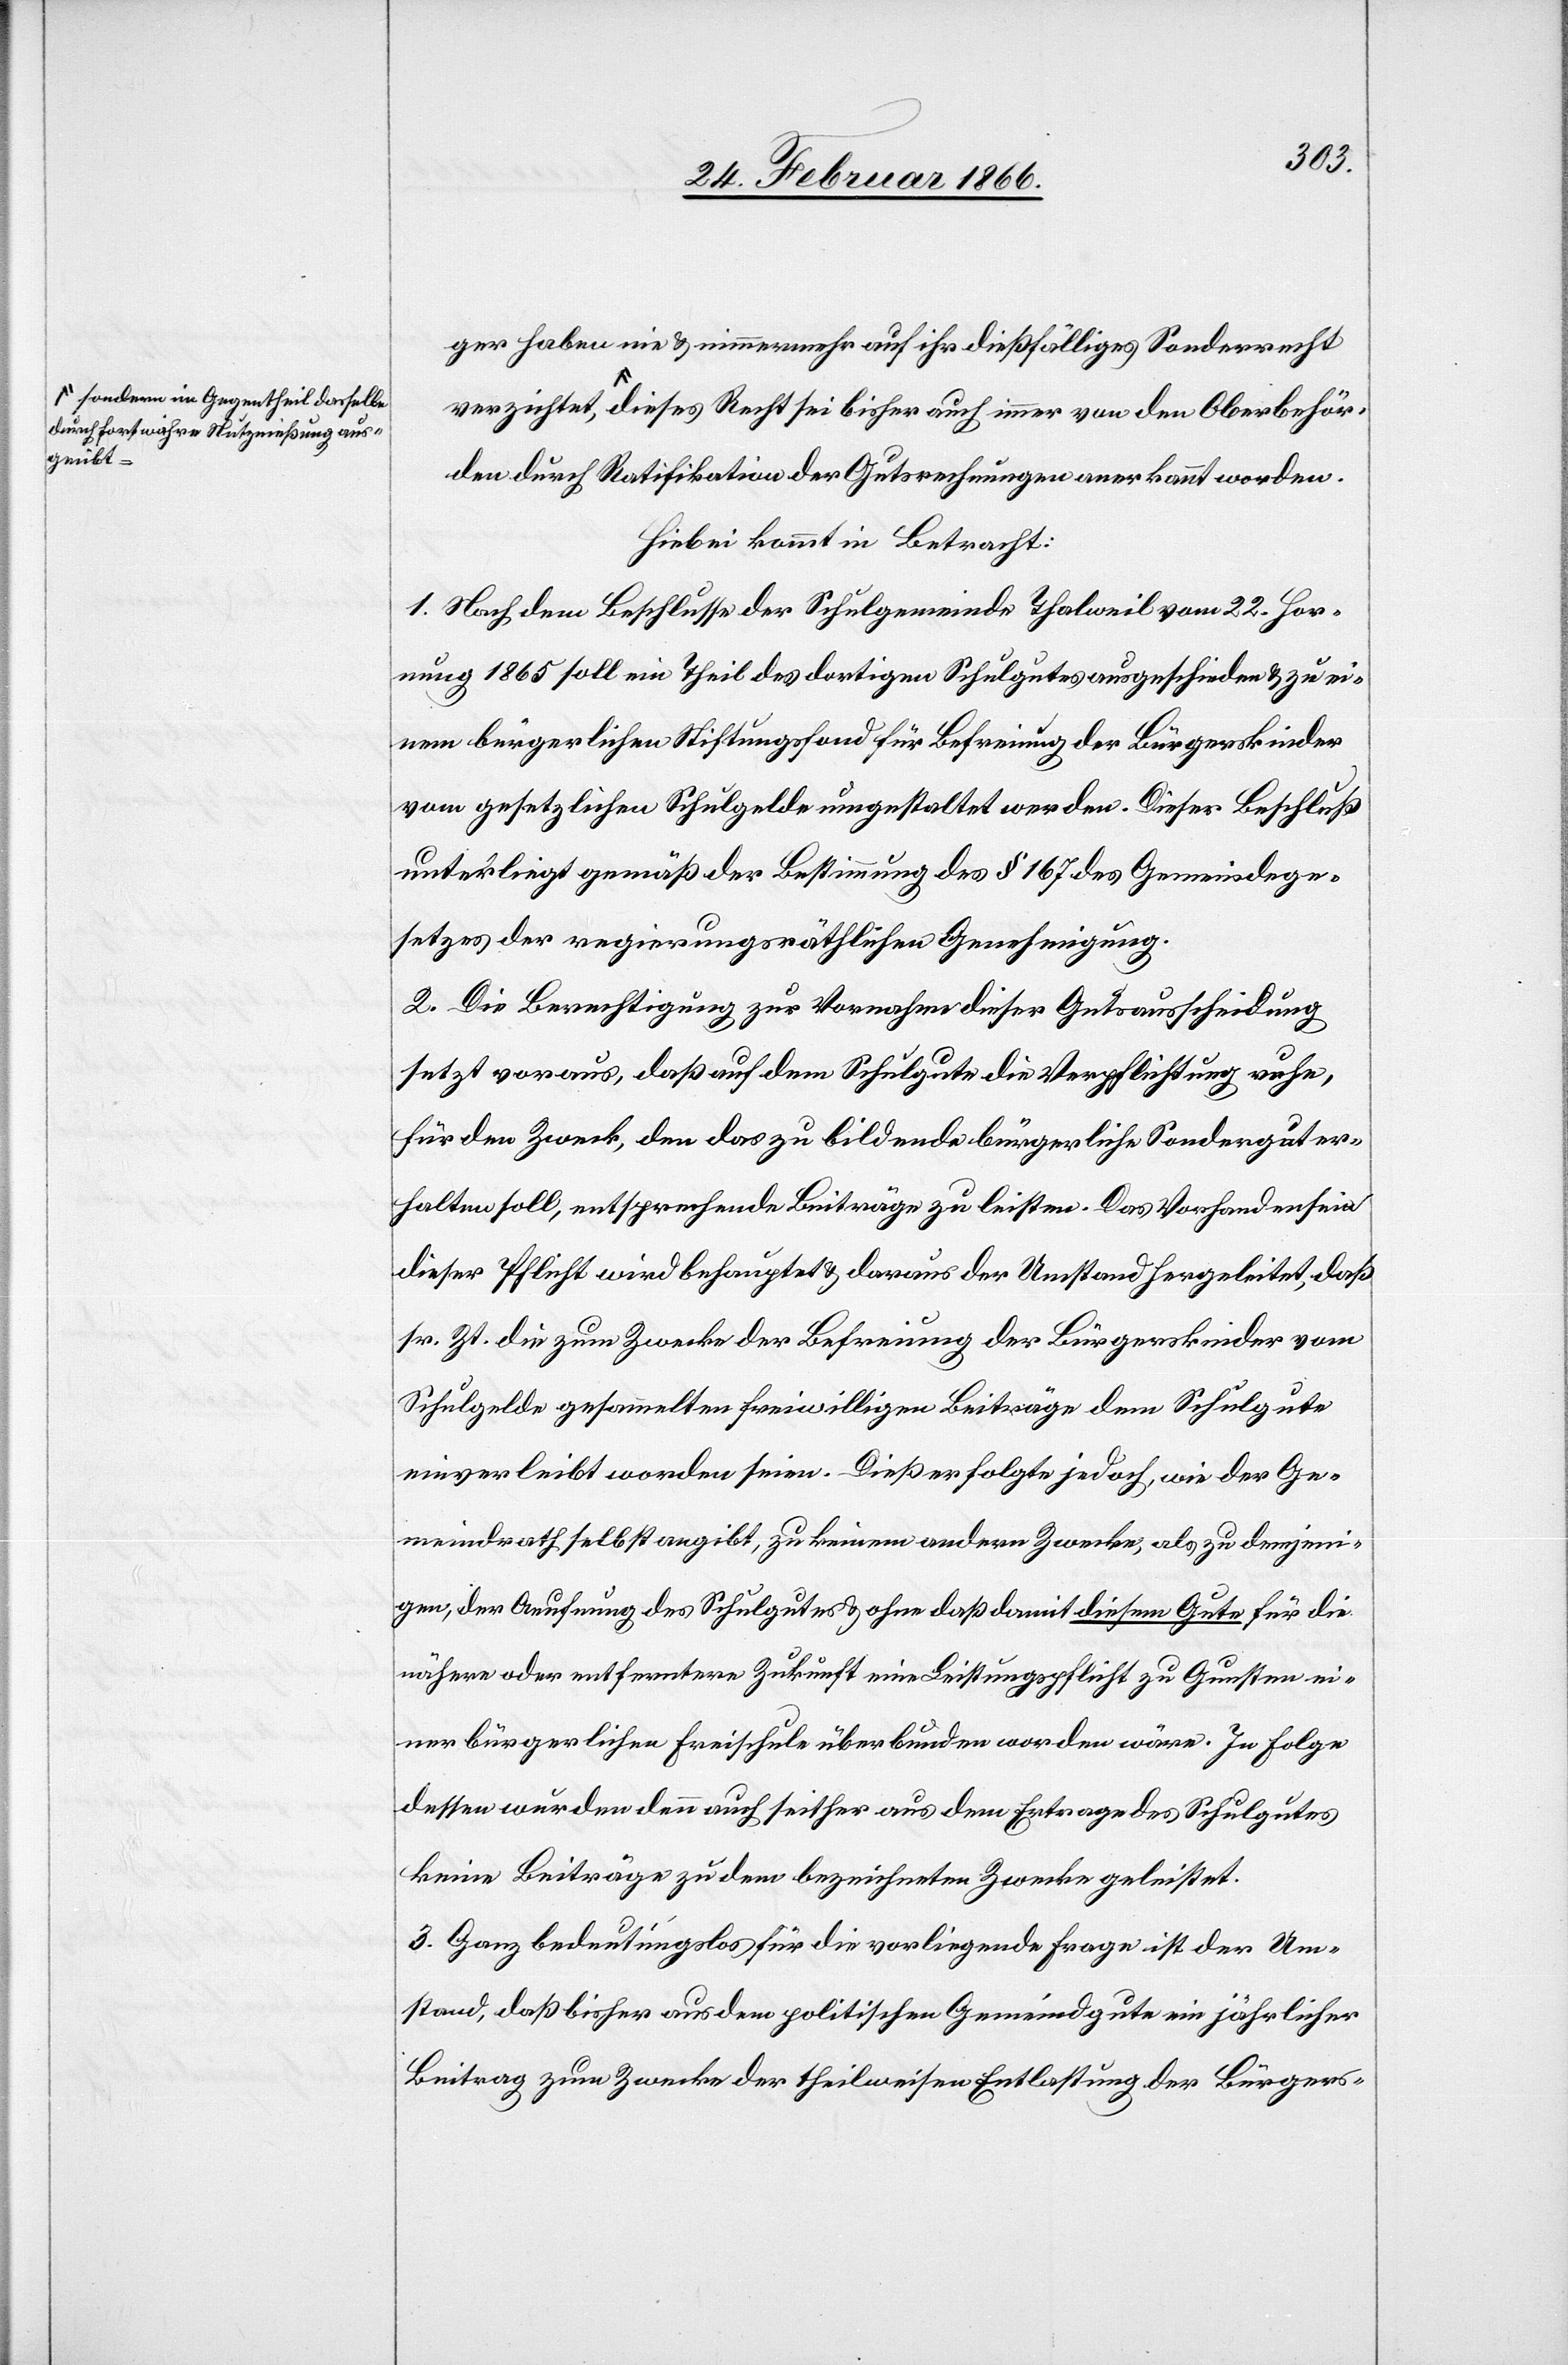
sondern im Gegentheil dasselbe
durch fortwährende Nutznießung aus¬
geübt,

behör¬
ger haben nie u. nimmermehr auf ihr dießfälliges Sonderrecht
den durch Ratifikation der Gutsrechnungen anerkannt worden.
Hiebei kommt in Betracht:
1. Nach dem Beschlusse der Schulgemeinde Thalweil vom 22. Hor¬
mung 1865 soll ein Theil des dortigen Schulgutes ausgeschieden u. zu ei¬
nem bürgerlichen Stiftungsfond für Befreiung der Bürgerlichen
vom gesetzlichen Schulgelde umgestaltet werden. Dieser Beschluß
unterliegt gemäß der Bestimmung des § 167 des Gemeindege¬
setzes der regierungsräthlichen Genehmigung.
2. Die Berechtigung zur Vornahme dieser Gutsausscheidung
setzt voraus, daß auf dem Schulgute die Verpflichtung ruhe,
für den Zweck, den das zu bildende bürgerliche Sondergut er¬
halten soll, entsprechende Beiträge zu leisten. Das Vorhandensein
dieser Pflicht wird behauptet u. daraus der Umstand hergeleitet, daß
sr. Zt. die zum Zwecke der Befreiung der Bürgerkinder vom
Schulgelde gesammelten freiwilligen Beiträge dem Schulgute
einverleibt worden seien. Dieß erfolgte jedoch, wie der Ge¬
meindrath selbst angibt, zu keinem anderm Zwecke, als zu demjeni¬
gen, der Aeufnung des Schulgutes u. ohne daß damit diesem Gute für die
nähere oder entferntere Zukunft eine Leistungspflicht zu Gunsten ei¬
ner bürgerlichen Freischule überbunden worden wäre. In Folge
dessen wurden denn auch seither aus dem Ertrage des Schulgutes
keine Beiträge zu dem bezeichneten Zwecke geleistet.
3. Ganz bedeutungslos für die vorliegende Frage ist der Um¬
stand, daß bisher aus dem politischen Gemeindgute ein jährlicher
Beitrag zum Zwecke der theilweisen Entlassung der Bürgers-